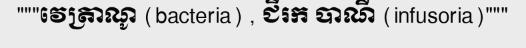
"""វេត្រាណូ (bacteria) , ជីរក បាណី (infusoria)"""